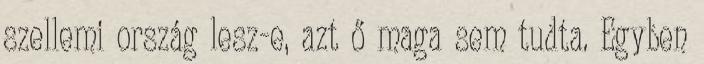
szellemi ország lesz-e, azt ő maga sem tudta. Egyben